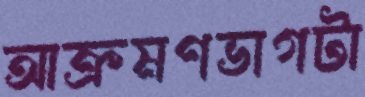
আক্রমণভাগটা